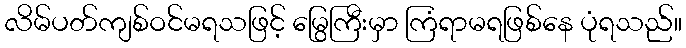
လိမ်ပတ်ကျစ်ဝင်မရသဖြင့် မြွေကြီးမှာ ကြံရာမရဖြစ်နေ ပုံရသည်။